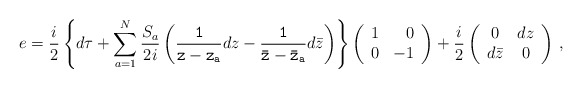
\begin{align*}e=\frac{i}{2}\left\{d\tau+\sum_{a=1}^N\frac{S_a}{2i}\left({\tt \frac{1}{z-z_a}}dz-{\tt \frac{1}{\bar{z}-\bar{z}_a}}d\bar{z}\right)\right\}\left(\begin{array}{rr}1 & 0 \\0 & -1\end{array}\right)+\frac{i}{2}\left(\begin{array}{cc}0 & dz \\d\bar{z} & 0\end{array}\right)\, ,\end{align*}